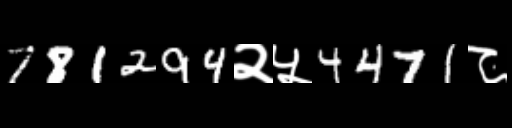
Text: 781294२५4471८